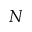
N